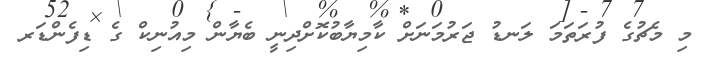
މި މެޗުގެ ފުރަތަމަ ލަނޑު ޖަރުމަނަށް ކާމިޔާބުކޮށްދިނީ ބެޔާން މިއުނިކް ގެ ޑިފެންޑަރ